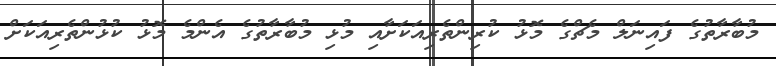
މުބާރާތުގެ ފައިނަލް މެޗްގެ މޮޅު ކުރިންތެރިއަކަށާއި މުޅި މުބާރާތުގެ އެންމެ މޮޅު ކުޅުންތެރިއަކަށް